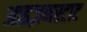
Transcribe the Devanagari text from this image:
आइज़नस्टाट